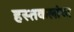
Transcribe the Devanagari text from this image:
हस्तकलांचा